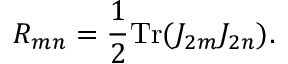
{ \cal R } _ { m n } = \frac { 1 } { 2 } \mathrm { T r } ( { \cal J } _ { 2 m } { \cal J } _ { 2 n } ) .